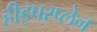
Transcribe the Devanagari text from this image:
हीइपरप्लेन